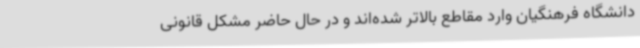
دانشگاه فرهنگیان وارد مقاطع بالاتر شده‌اند و در حال حاضر مشکل قانونی